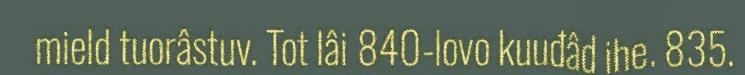
mield tuorâstuv. Tot lâi 840-lovo kuuđâd ihe. 835.